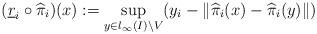
LaTeX: \begin{align*}(\underline{r}_i \circ \widehat{\pi}_i)(x) := \sup_{ y \in l_{\infty}(I) \setminus V} (y_i - \| \widehat{\pi}_i(x) - \widehat{\pi}_i(y) \|) \end{align*}